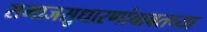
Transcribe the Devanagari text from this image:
समाजसुधारणांबाबतच्या